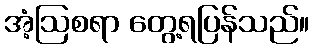
အံ့ဩစရာ တွေ့ရပြန်သည်။